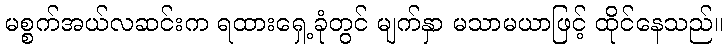
မစ္စက်အယ်လဆင်းက ရထားရှေ့ခုံတွင် မျက်နှာ မသာမယာဖြင့် ထိုင်နေသည်။